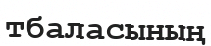
тбаласының